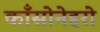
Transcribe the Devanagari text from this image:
काँसोनेहरो